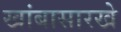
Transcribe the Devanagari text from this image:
खांबासारखे